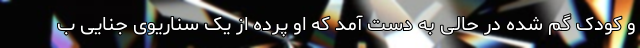
و کودک گم شده در حالی به دست آمد که او پرده از یک سناریوی جنایی ب